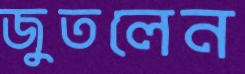
জুতলেন